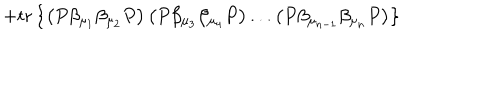
LaTeX: + \mathrm { t r } \left\{ \left( P \beta _ { \mu _ { 1 } } \beta _ { \mu _ { 2 } } P \right) \left( P \beta _ { \mu _ { 3 } } \beta _ { \mu _ { 4 } } P \right) . . . \left( P \beta _ { \mu _ { n - 1 } } \beta _ { \mu _ { n } } P \right) \right\}